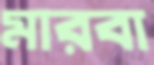
মারবা